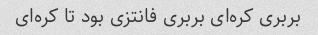
بربری کره‌ای بربری فانتزی بود تا کره‌ای